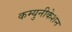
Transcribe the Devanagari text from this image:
कम्युनीकेशन